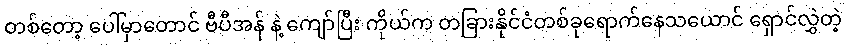
တစ်တော့ ပေါ်မှာတောင် ဗီပီအန် နဲ့ ကျော်ပြီး ကိုယ်က တခြားနိုင်ငံတစ်ခုရောက်နေသယောင် ရှောင်လွှဲတဲ့